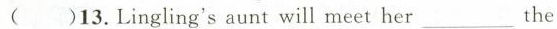
()13.Lingling's aunt will meet her ___the